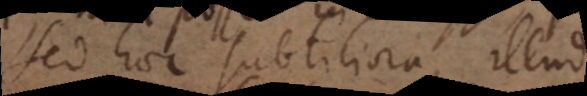
Sed haec subtiliora, illud